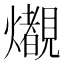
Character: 𤒠